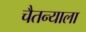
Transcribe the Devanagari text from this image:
चैतन्याला